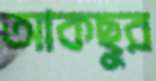
আকছুর